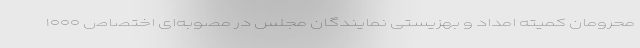
محرومان کمیته امداد و بهزیستی نمایندگان مجلس در مصوبه‌ای اختصاص ۱۰۰۰